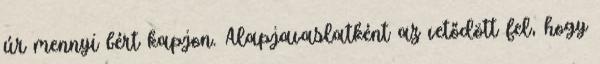
úr mennyi bért kapjon. Alapjavaslatként az vetődött fel, hogy